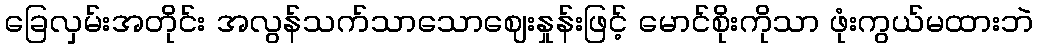
ခြေလှမ်းအတိုင်း အလွန်သက်သာသောဈေးနှုန်းဖြင့် မောင်စိုးကိုသာ ဖုံးကွယ်မထားဘဲ